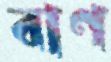
বাণ